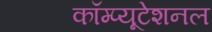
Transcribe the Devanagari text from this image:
कॉम्प्यूटेशनल